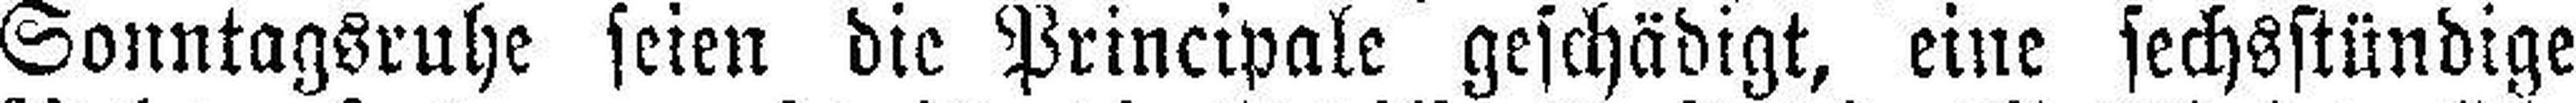
Sonntagsruhe seien die Principale geschädigt, eine sechsstündige